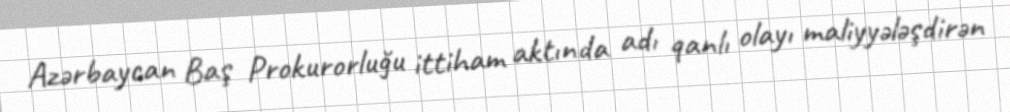
Azərbaycan Baş Prokurorluğu ittiham aktında adı qanlı olayı maliyyələşdirən